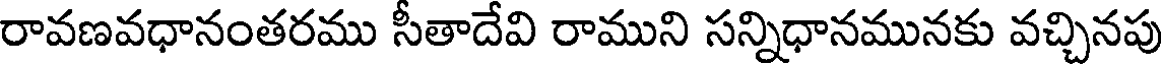
రావణవధానంతరము సీతాదేవి రాముని సన్నిధానమునకు వచ్చినపు